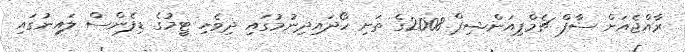
ރާއްޖެއަށް ސާފް ޗެމްޕިއަންޝިޕް 2008ގެ ތަށި ހޯދައިދިނުމުގައި ދިވެހި ޓީމުގެ ޑިފެންސް ލައިނުގައި